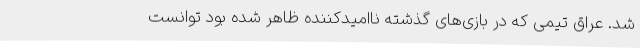
شد. عراق تیمی که در بازی‌های گذشته ناامیدکننده ظاهر شده بود توانست